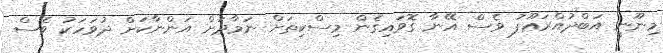
މިނޫނީ އަބްދުއްރަޢޫފު ވެސް އޭނާ ގޮވައިގެން މިސްކިތަށް ނަމާދަށް އަންނާކަށް ދުވަހަކު ވެސް